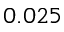
0 . 0 2 5